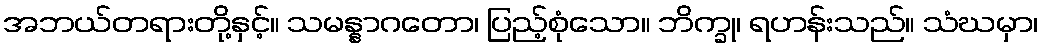
အဘယ်တရားတို့နှင့်။ သမန္နာဂတော၊ ပြည့်စုံသော။ ဘိက္ခု၊ ရဟန်းသည်။ သံဃမှာ၊